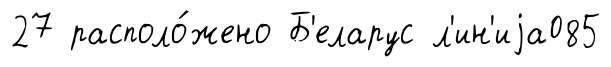
27 располо́жено Б'еларус л'ин'иjа085